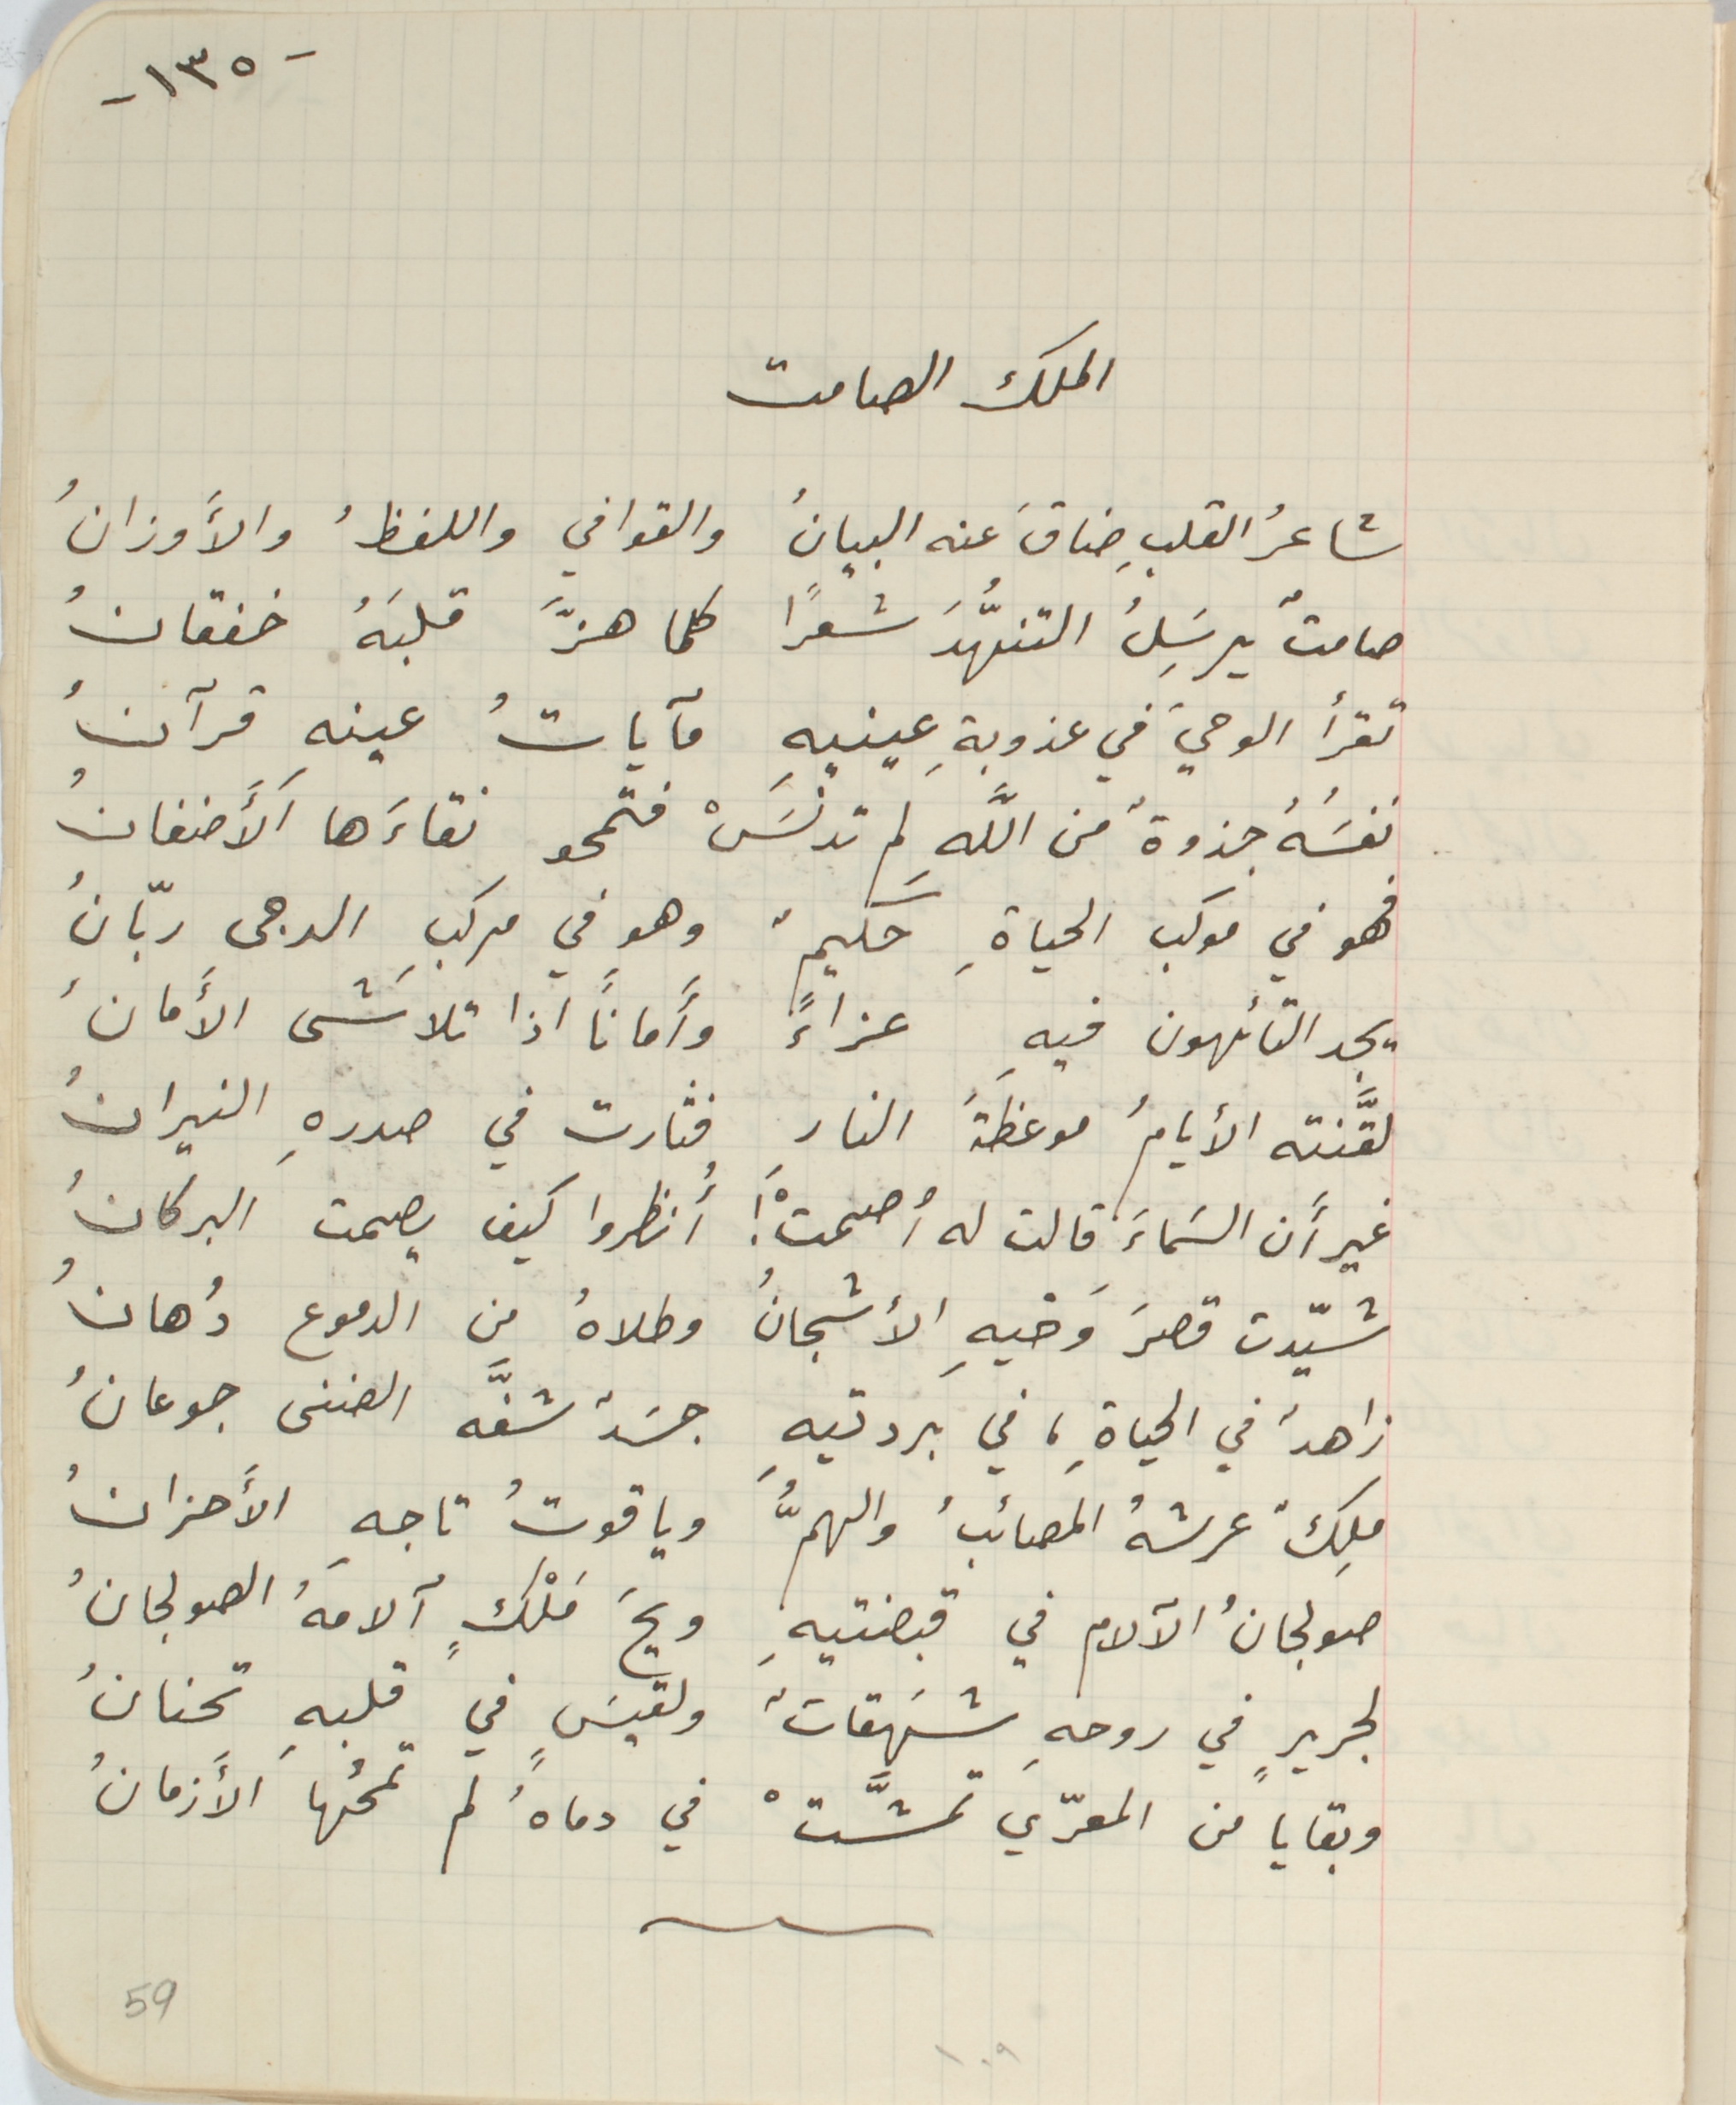
-١٣٥-
الملك الصامت
شاعرُ القلبِ ضاقَ عنه البيانُ والقوافي واللفظُ والأوزانُ
صامتٌ يرسَِلُ التنهُّدَ شعراً كلما هزَّ قلبَهُ خفقانُ
تقرأ الوحيَ في عذوبةِ عينيهِ مآياتُ عينهِ قرآنُ
نفسَُهُ جذوةُ من اللهِ لم تدنسَْ فتمحو نقاءَها آلأَضغانُ
 فهو في موكب الحياةِ حكيمٌ وهو في مركبِ الدجى ربّانُ
يجد التائهون فيهِ عزاءً وأماناً اذا تلاشَى الأَمانُ،
لقَّنته الأيامُ موغظَةَ النارِ فثارت في صدرهِ النيرانُ
غير أَن السَماءَ قالت له أصمتَْ ! أُنظروا كيف يصمت البركانُ
شيّدت قصرَ وَخيهِ الأشجانُ وطلاهُ من الدموع دُهانُ
زاهدُ في الحياةِ، في بردتيهِ جسَدٌ شفَّه الضنى جوعانُ
ملِكٌ عرشهُ المصائبُ والهمُّ وياقوتُ تاجهِ الأَحزانُ
صولجانُ الآَلام في قبضتيهِ ويحَ مَلْكٍ آلامهُ الصولجانُ
لجريرٍ في روحهِ شهَقاتٌ ولقيسٍَ في قلبهِ تحنانُ
وبقايا من المعرّي تمشَّتْ في دماهُ لم تمحُها الأَزمانُ
59